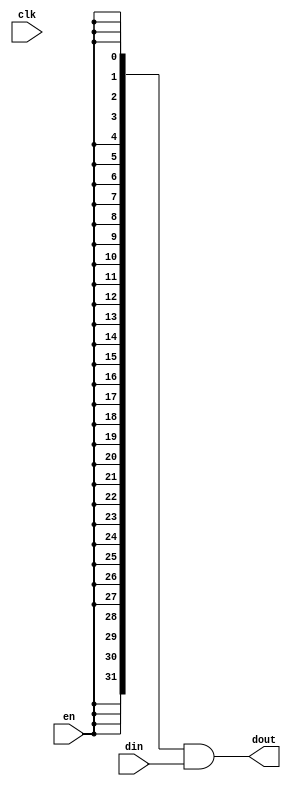
module oh_datagate_1 #(parameter DW   = 32, 
		     parameter PS   = 3   
		     )
   ( 
     input 	     clk, 
     input 	     en,  
     input [DW-1:0]  din, 
     output [DW-1:0] dout 
     );
   reg [PS-1:0]    enable_pipe;   
   wire 	   enable;
   always @ (posedge clk)
     enable_pipe[PS-1:0] <= {enable_pipe[PS-2:0],en};
   assign enable = {enable_pipe[PS-1:0],en};
   assign dout[DW-1:0] =  {(DW){enable}} & din[DW-1:0];
endmodule